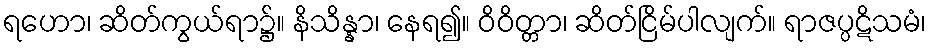
ရဟော၊ ဆိတ်ကွယ်ရာ၌။ နိသိန္နာ၊ နေရ၍။ ဝိဝိတ္တာ၊ ဆိတ်ငြိမ်ပါလျက်။ ရာဇပ္ပဋိသမံ၊